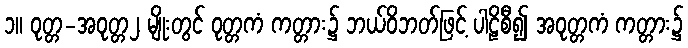
၁။ ဝုတ္တ-အဝုတ္တ၂ မျိုးတွင် ဝုတ္တကံ ကတ္တား၌ ဘယ်ဝိဘတ်ဖြင့် ပါဠိစီ၍ အဝုတ္တကံ ကတ္တား၌